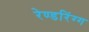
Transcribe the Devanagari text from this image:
रेण्डरिंग्ग